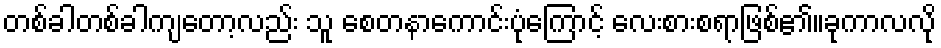
တစ်ခါတစ်ခါကျတော့လည်း သူ စေတနာကောင်းပုံကြောင့် လေးစားစရာဖြစ်၏။ခုကာလလို